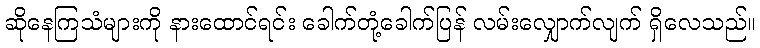
ဆိုနေကြသံများကို နားထောင်ရင်း ခေါက်တုံ့ခေါက်ပြန် လမ်းလျှောက်လျက် ရှိလေသည်။